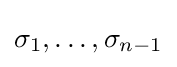
\sigma _{1},\ldots ,\sigma _{n-1}